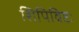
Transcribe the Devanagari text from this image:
शिपिविष्टः